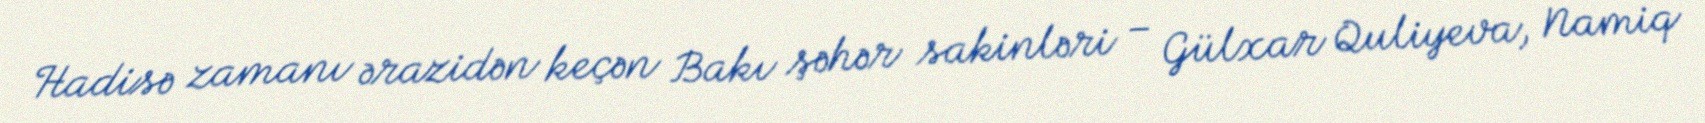
Hadisə zamanı ərazidən keçən Bakı şəhər sakinləri – Gülxar Quliyeva, Namiq